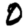
Digit: 0